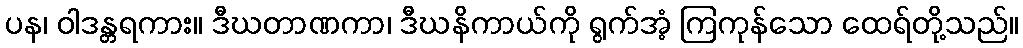
ပန၊ ဝါဒန္တရကား။ ဒီဃတာဏကာ၊ ဒီဃနိကာယ်ကို ရွက်အံ့ ကြကုန်သော ထေရ်တို့သည်။